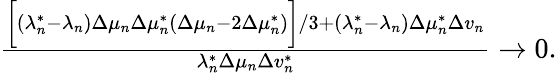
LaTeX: \begin{array}{r}{\frac{\biggr[(\lambda_{n}^{*}-\lambda_{n})\Delta\mu_{n}\Delta\mu_{n}^{*}(\Delta\mu_{n}-2\Delta\mu_{n}^{*})\biggr]/3+(\lambda_{n}^{*}-\lambda_{n})\Delta\mu_{n}^{*}\Delta v_{n}}{\lambda_{n}^{*}\Delta\mu_{n}\Delta v_{n}^{*}}\to 0.}\end{array}